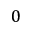
0